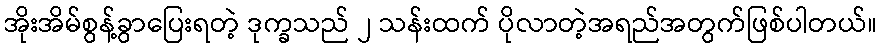
အိုးအိမ်စွန့်ခွာပြေးရတဲ့ ဒုက္ခသည် ၂ သန်းထက် ပိုလာတဲ့အရည်အတွက်ဖြစ်ပါတယ်။